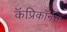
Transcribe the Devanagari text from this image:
कॅप्रिकॉर्नस